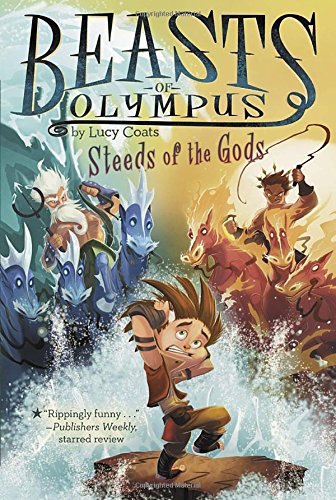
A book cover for Steeds of the Gods #3 (Beasts of Olympus); Lucy Coats; Children's Books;